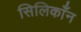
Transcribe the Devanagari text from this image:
सिलिकाँन